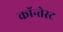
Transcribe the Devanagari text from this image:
कॉन्तेस्ट